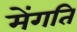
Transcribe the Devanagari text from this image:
मेंगति